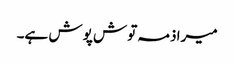
میرا ذمہ توش پوش ہے۔